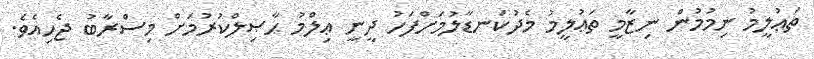
ތަޢުލީމު ނިމުމުން ނިޒާމީ ތަޢުލީމު މެދުކަނޑާލުމަށްފަހު ދީނީ ޢިލްމު ޙާޞިލްކުރުމަށް މިސްރާބު ޖެހިއެވެ.